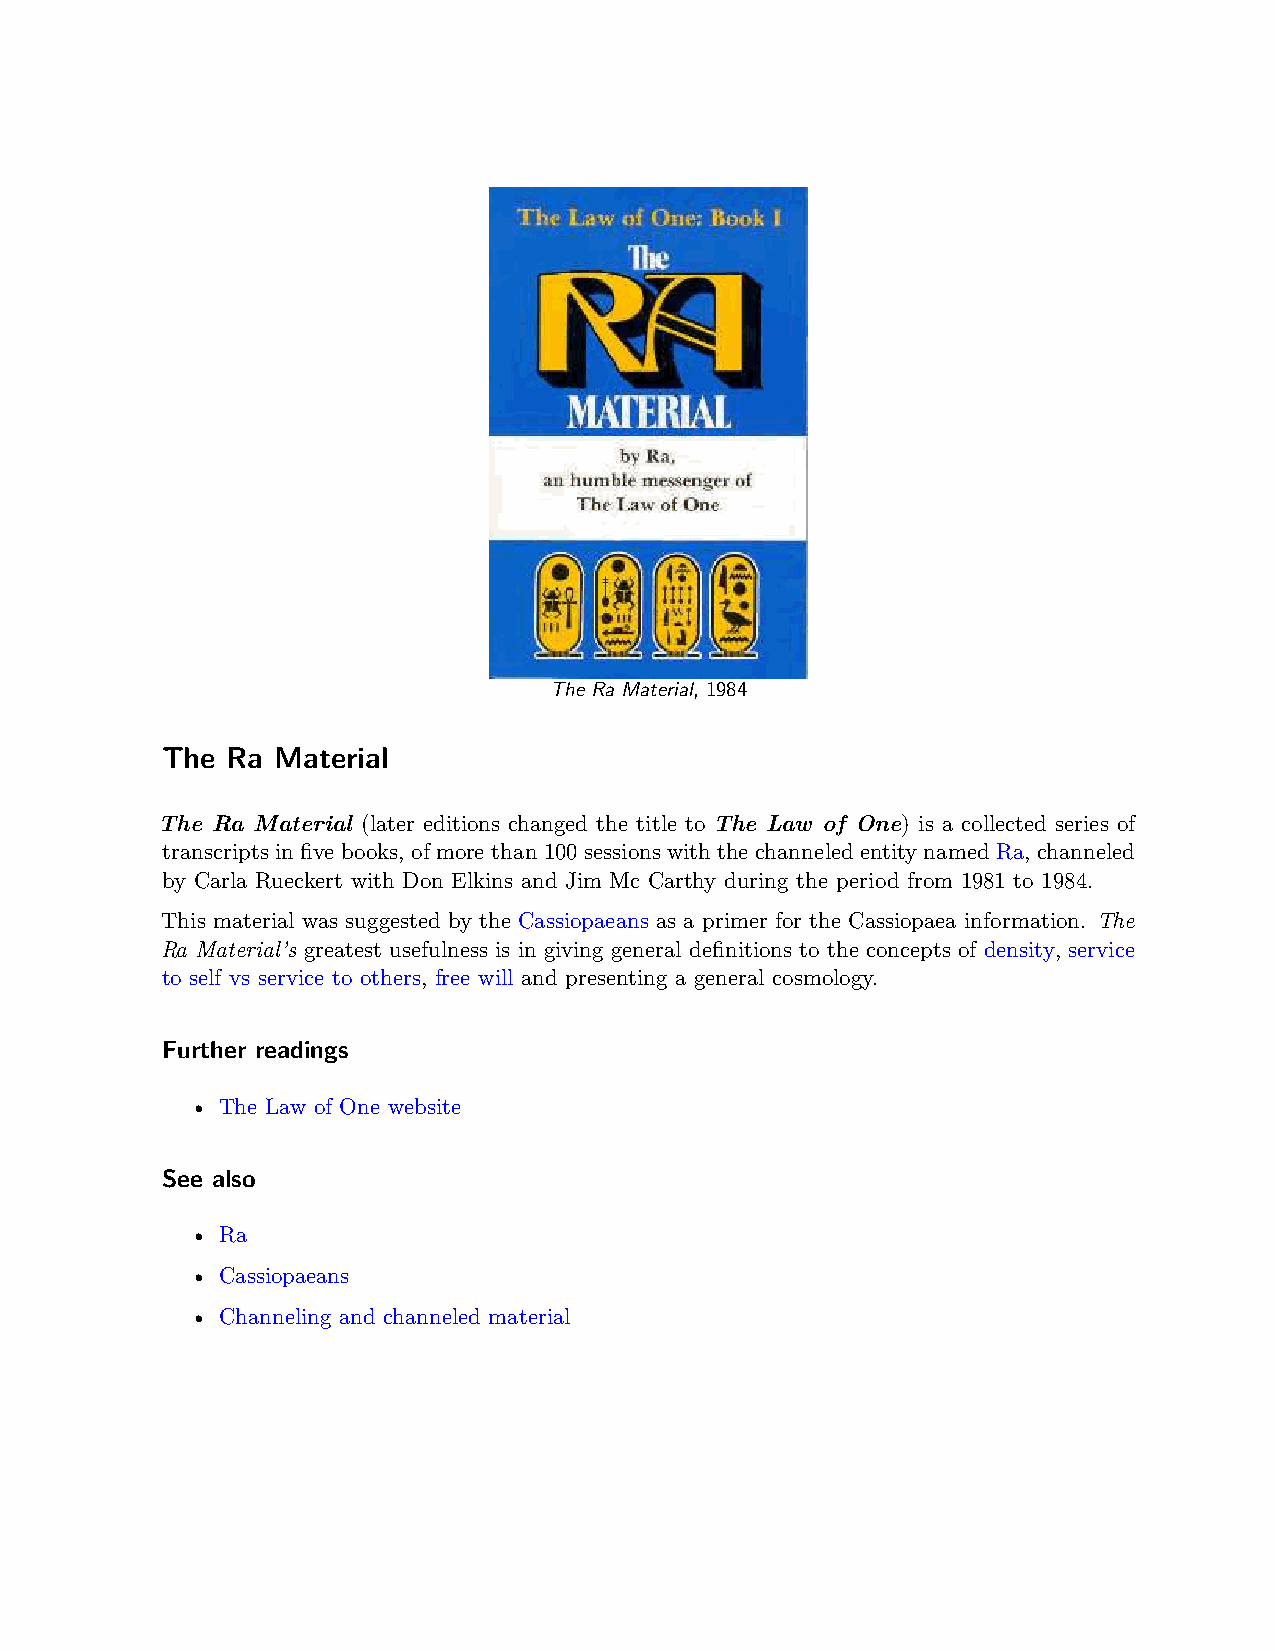
The Ra Material, 1984
 The Ra Material
 The Ra Material (later editions changed the title to The Law of One) is a collected series of
 transcripts in five books, of more than 100 sessions with the channeled entity named Ra, channeled
 by Carla Rueckert with Don Elkins and Jim Mc Carthy during the period from 1981 to 1984.
 This material was suggested by the Cassiopaeans as a primer for the Cassiopaea information. The
 Ra Material’s greatest usefulness is in giving general definitions to the concepts of density, service
 to self vs service to others, free will and presenting a general cosmology.
 Further readings
 • The Law of One website
 See also
 • Ra
 • Cassiopaeans
 • Channeling and channeled material